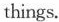
things.